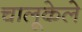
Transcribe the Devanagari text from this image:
चालूकेले